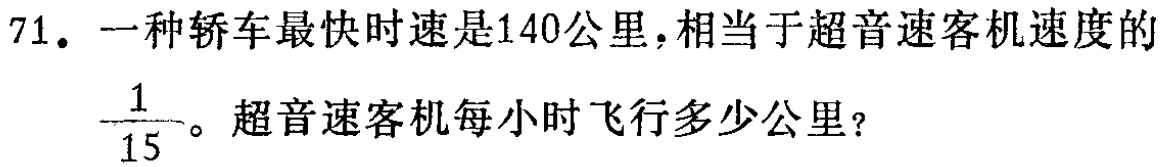
71. 一种轿车最快时速是140公里，相当于超音速客机速度的$\frac{1}{15}$。超音速客机每小时飞行多少公里？